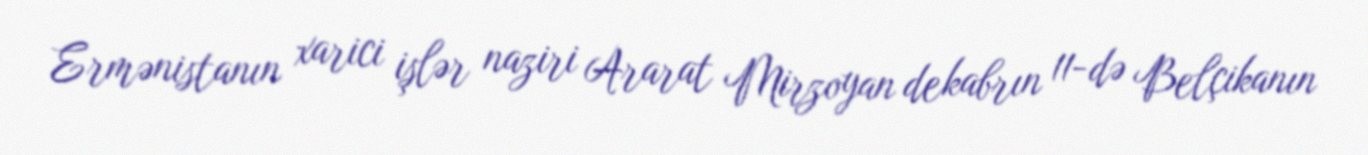
Ermənistanın xarici işlər naziri Ararat Mirzoyan dekabrın 11-də Belçikanın